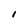
Character: I